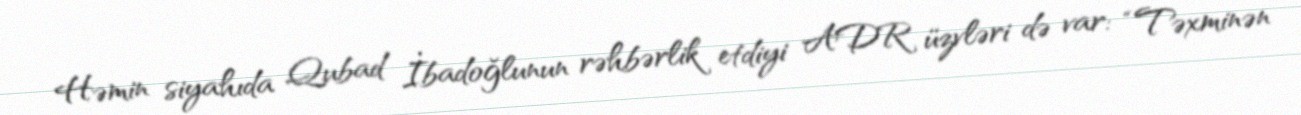
Həmin siyahıda Qubad İbadoğlunun rəhbərlik etdiyi ADR üzvləri də var: “Təxminən